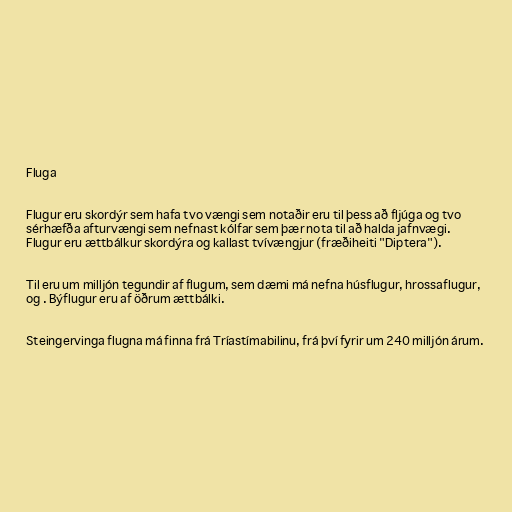
Fluga

Flugur eru skordýr sem hafa tvo vængi sem notaðir eru til þess að fljúga og tvo
sérhæfða afturvængi sem nefnast kólfar sem þær nota til að halda jafnvægi.
Flugur eru ættbálkur skordýra og kallast tvívængjur (fræðiheiti "Diptera").

Til eru um milljón tegundir af flugum, sem dæmi má nefna húsflugur, hrossaflugur,
og . Býflugur eru af öðrum ættbálki.

Steingervinga flugna má finna frá Tríastímabilinu, frá því fyrir um 240 milljón árum.